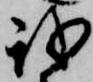
我